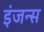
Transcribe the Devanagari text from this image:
इंजन्स